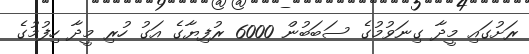
ރަށުގައި މީދާ ގިނަވުމުގެ ސަބަބުން 6000 ރުފިޔާގެ އަގު ހުރި މީދާ ހިފުމުގެ